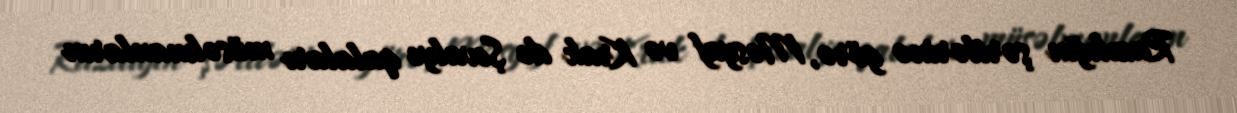
Razılığın şərtlərinə görə, Məsyaf və Krak de Şevalye qalaları müsəlmanların